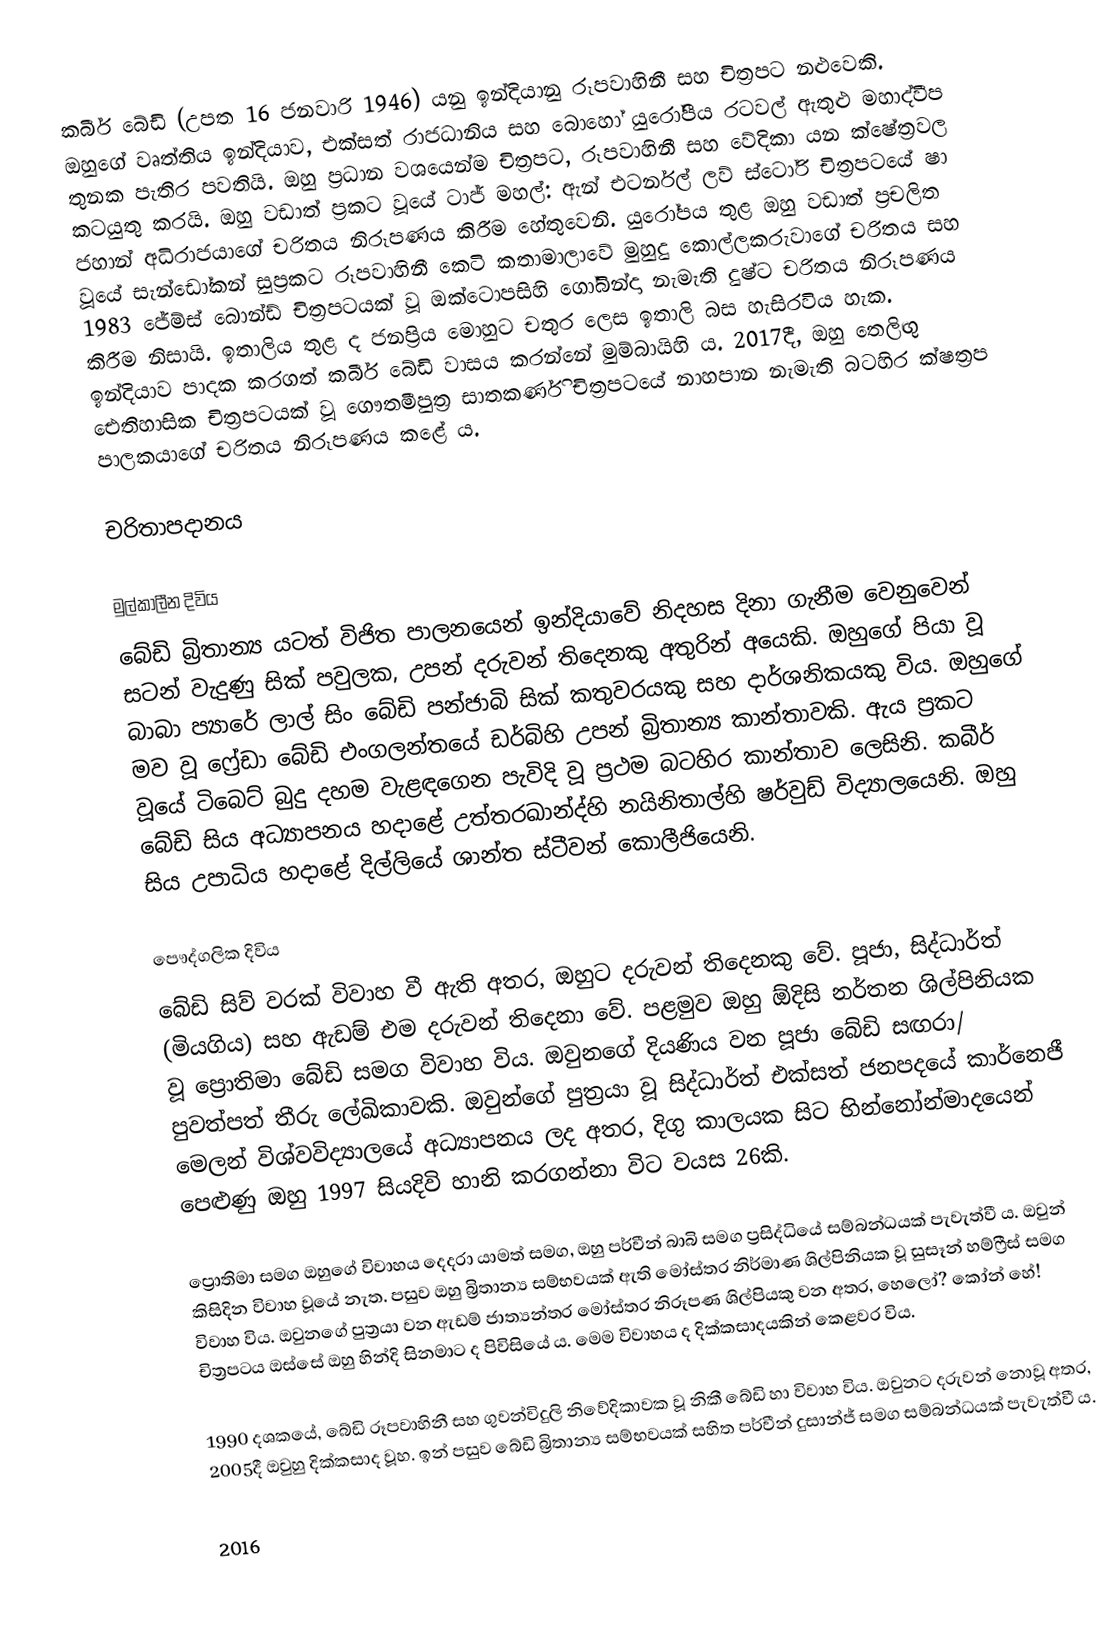
කබීර් ‍බේඩි (උපත 16 ජනවාරි 1946) යනු ඉන්දියානු රූපවාහිනී සහ චිත්‍රපට නළුවෙකි. ඔහුගේ වෘත්තිය ඉන්දියාව, එක්සත් රාජධානිය සහ බොහෝ යුරෝපීය රටවල් ඇතුළු මහාද්වීප තුනක පැතිර පවතියි. ඔහු ප්‍රධාන වශයෙන්ම චිත්‍රපට, රූපවාහිනී සහ වේදිකා යන ක්ෂේත්‍රවල කටයුතු කරයි. ඔහු වඩාත් ප්‍රකට වූයේ ටාජ් මහල්: ඇන් එටර්නල් ලව් ස්ටෝරි චිත්‍රපටයේ ෂා ජහාන් අධිරාජයාගේ චරිතය නිරූපණය කිරීම හේතුවෙනි. යුරෝපය තුළ ඔහු වඩාත් ප්‍රචලිත වූයේ සැන්ඩෝකන් සුප්‍රකට රූපවාහිනී කෙටි කතාමාලාවේ මුහුදු කොල්ලකරුවාගේ චරිතය සහ 1983 ජේම්ස් බොන්ඩ් චිත්‍රපටයක් වූ ඔක්ටොපසිහි ගෝබින්දා නැමැති දුෂ්ට චරිතය නිරූපණය කිරීම නිසායි. ඉතාලිය තුළ ද ජනප්‍රිය මොහුට චතුර ලෙස ඉතාලි බස හැසිරවිය හැක. ඉන්දියාව පාදක කරගත් කබීර් බේඩි වාසය කරන්නේ මුම්බායිහි ය. 2017දී, ඔහු තෙලිඟු ඓතිහාසික චිත්‍රපටයක් වූ ගෞතමීපුත්‍ර සාතකර්ණි චිත්‍රපටයේ නාහපාන නැමැති බටහිර ක්ෂත්‍රප පාලකයාගේ චරිතය නිරූපණය කළේ ය.

චරිතාපදානය

මුල්කාලීන දිවිය
බේඩි බ්‍රිතාන්‍ය යටත් විජිත පාලනයෙන් ඉන්දියාවේ නිදහස දිනා ගැනීම වෙනුවෙන් සටන් වැදුණු සික් පවුලක, උපන් දරුවන් ‍තිදෙනකු අතුරින් අයෙකි.  ඔහුගේ පියා වූ බාබා ප්‍යාරේ ලාල් සිං බේඩි පන්ජාබි සික් කතුවරයකු සහ දාර්ශනිකයකු විය. ඔහුගේ මව වූ ෆ්‍රේඩා බේඩි එංගලන්තයේ ඩර්බිහි උපන් බ්‍රිතාන්‍ය කාන්තාවකි. ඇය ප්‍රකට වූයේ ටිබෙට් බුදු දහම වැළඳගෙන පැවිදි වූ ප්‍රථම බටහිර කාන්තාව ලෙසිනි. කබීර් බේඩි සිය අධ්‍යාපනය හදාළේ උත්තරඛාන්ද්හි නයිනිතාල්හි ෂර්වුඩ් විද්‍යාලයෙනි‍. ඔහු සිය උපාධිය හදාළේ දිල්ලියේ ශාන්ත ස්ටීවන් කොලීජියෙනි.

පෞද්ගලික දිවිය
බේඩි සිව් වරක් විවාහ වී ඇති අතර, ඔහුට දරුවන් තිදෙනකු වේ. පූජා, සිද්ධාර්ත් (මියගිය) සහ ඇඩම් එම දරුවන් තිදෙනා වේ. පළමුව ඔහු ඕදිසි නර්තන ශිල්පිනියක වූ ප්‍රොතිමා බේඩි සමග විවාහ විය. ඔවුනගේ දියණිය වන පූජා බේඩි සඟරා/ පුවත්පත් තීරු ලේඛිකාවකි. ඔවුන්ගේ පුත්‍රයා වූ සිද්ධාර්ත් එක්සත් ජනපදයේ කාර්නෙජී මෙලන් විශ්වවිද්‍යාලයේ අධ්‍යාපනය ලද අතර, දිගු කාලයක සිට භින්නෝන්මාදයෙන් පෙළුණු ඔහු 1997 සියදිවි හානි කරගන්නා විට වයස 26කි.

ප්‍රොතිමා සමග ඔහුගේ විවාහය දෙදරා යාමත් සමග, ඔහු පර්වීන් බාබි සමග ප්‍රසිද්ධියේ සම්බන්ධයක් පැවැත්වී ය. ඔවුන් කිසිදින විවාහ වූයේ නැත. පසුව ඔහු බ්‍රිතාන්‍ය සම්භවයක් ඇති මෝස්තර නිර්මාණ ශිල්පිනියක වූ සුසෑන් හම්ෆ්‍රීස් සමග විවාහ විය. ඔවුනගේ පුත්‍රයා වන ඇඩම් ජාත්‍යන්තර මෝස්තර නිරූපණ ශිල්පියකු වන අතර, හෙලෝ? කෝන් හේ! චිත්‍රපටය ඔස්සේ ඔහු හින්දි සිනමාට ද පිවිසියේ ය. මෙම විවාහය ද දික්කසාදයකින් කෙළවර විය.

1990 දශකයේ, බේඩි රූපවාහිනී සහ ගුවන්විදුලි නිවේදිකාවක වූ නිකී බේඩි හා විවාහ විය. ඔවුනට දරුවන් නොවූ අතර, 2005දී ඔවුහු දික්කසාද වූහ. ඉන් පසුව බේඩි බ්‍රිතාන්‍ය සම්භවයක් සහිත පර්වීන් දුසාන්ජ් සමග සම්බන්ධයක් පැවැත්වී ය.

2016